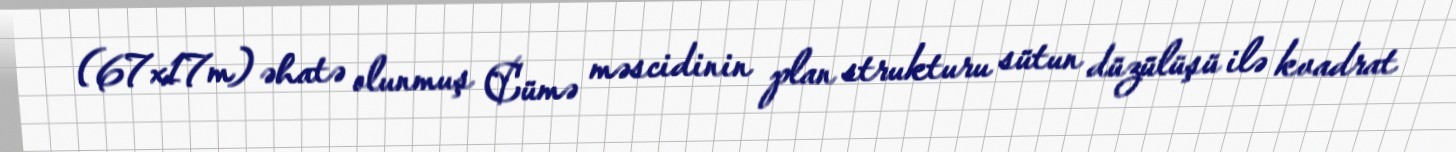
(67x17m) əhatə olunmuş Cümə məscidinin plan strukturu sütun düzülüşü ilə kvadrat